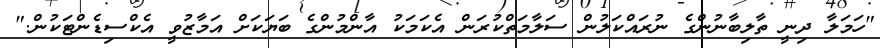
"ހަމަލާ ދިނީ ތާލިބާނުންގެ ނުރައްކަލުން ސަލާމަތްކުރަން އެކަމަކު އާންމުންގެ ބަޔަކަށް އަމާޒުވީ އެކްސިޑެންޓަކުން."